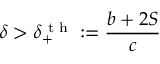
\delta > \delta _ { + } ^ { \textrm { t h } } : = \frac { b + 2 S } { c }